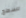
للسطح